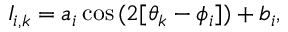
I _ { i , k } = a _ { i } \cos { ( 2 [ \theta _ { k } - \phi _ { i } ] ) } + b _ { i } ,